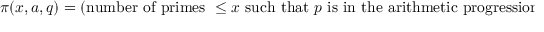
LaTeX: \pi ( x , a , q ) = ( { \mathrm { n u m b e r ~ o f ~ p r i m e s ~ } } \leq x { \mathrm { ~ s u c h ~ t h a t ~ } } p { \mathrm { ~ i s ~ i n ~ t h e ~ a r i t h m e t i c ~ p r o g r e s s i o n ~ } } a + n q , n \in \mathbf { Z } ) ,